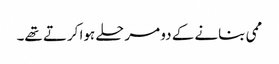
ممی بنانے کے دو مرحلے ہوا کرتے تھے۔